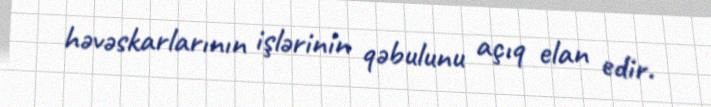
həvəskarlarının işlərinin qəbulunu açıq elan edir.